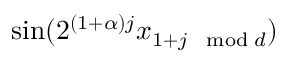
\sin ( 2 ^ { ( 1 + \alpha ) j } x _ { 1 + j \mod d } )